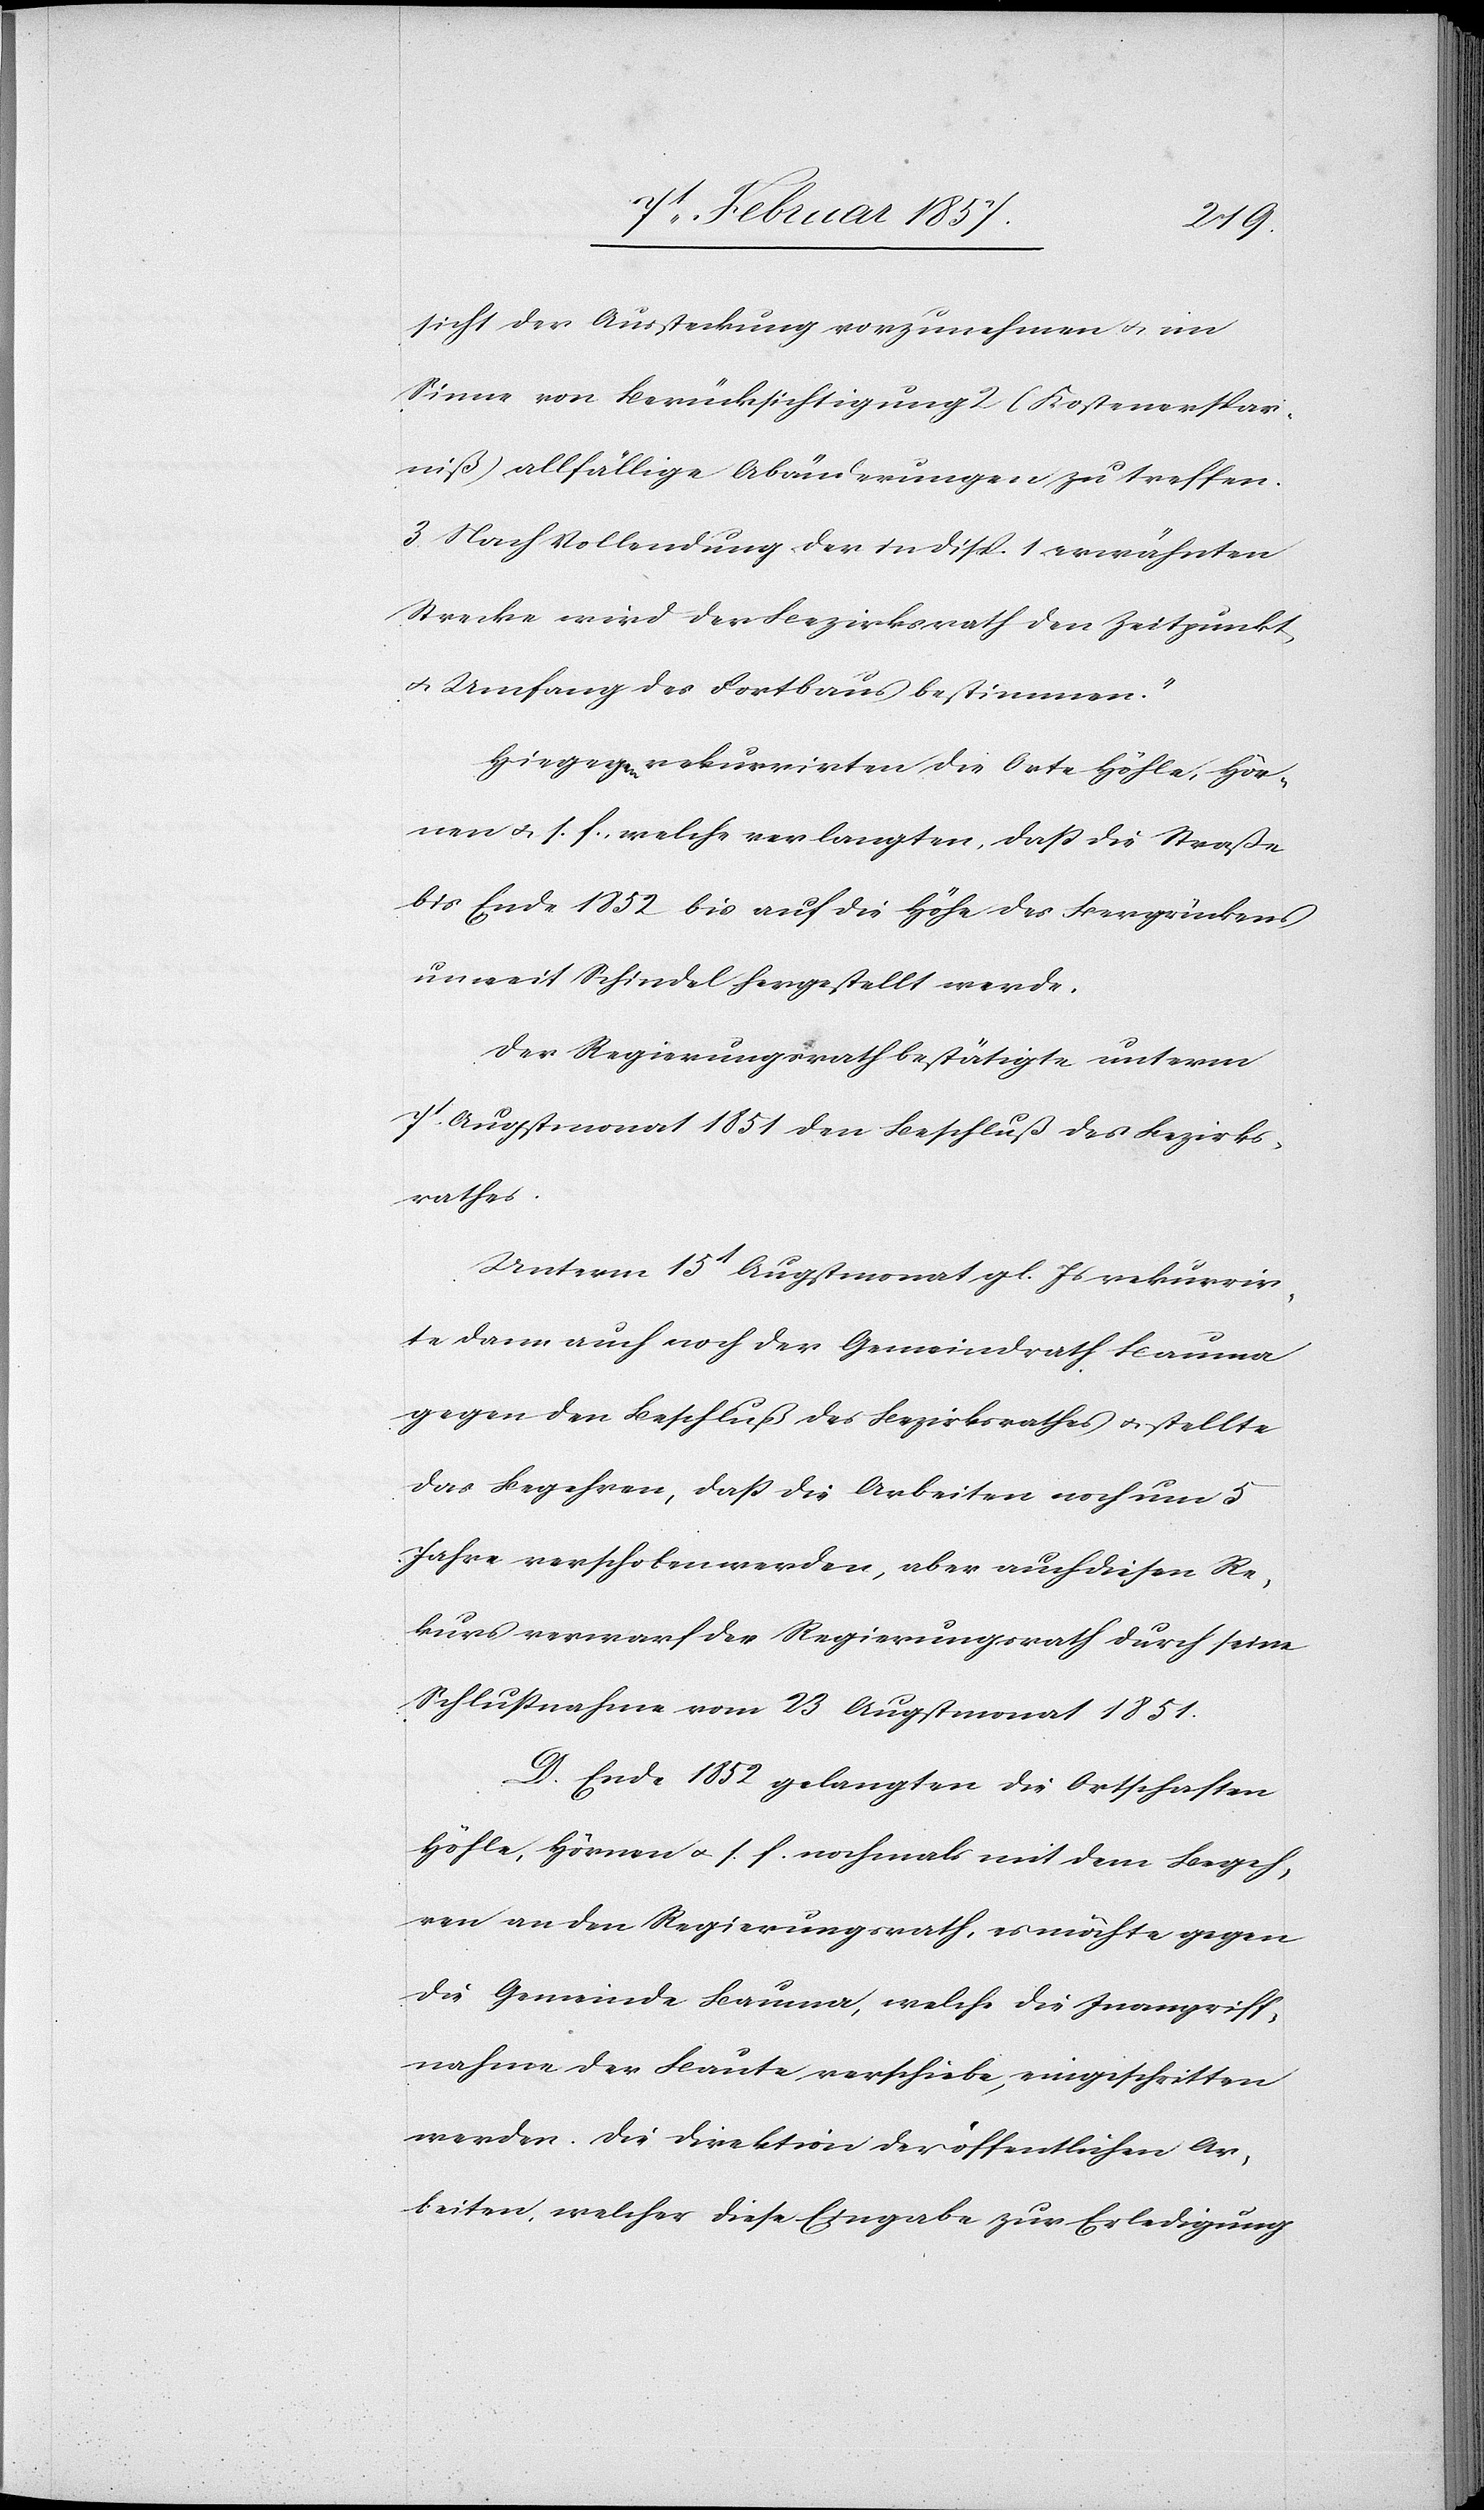
sicht der Aussteckung vorzunehmen u. im
Sinne von Berücksichtigung 2 (Kostenerspar¬
niß) allfällige Abänderungen zu treffen.
3. Nach Vollendung der in Disp. 1 erwähnten
Strecke wird der Bezirksrath den Zeitpunkt
u. Umfang des Fortbaus bestimmen.“
Hiegegen rekurrirten die Orte Höhle, Hör¬
nen u. s. f., welche verlangten, daß die Straße
bis Ende 1852 bis auf die Höhe des Bergrückens
unweit Schindel hergestellt werde.
Der Regierungsrath bestätigte unterm
7t Augstmonat 1851 den Beschluß des Bezirks¬
rathes.
Unterm 15t Augstmonat gl. Js rekurrir¬
te dann auch noch der Gemeindrath Bauma
gegen den Beschluß des Bezirksrathes u. stellte
das Begehren, daß die Arbeiten noch um 5
Jahre verschoben werden, aber auch diesen Re¬
kurs verwarf der Regierungsrath durch seine
Schlußnahme vom 23 Augstmonat 1851.
D. Ende 1852 gelangten die Ortschaften
Höhle, Hörner u. s. f. nochmals mit dem Begeh¬
ren an den Regierungsrath, es möchte gegen
die Gemeinde Bauma, welche die Inangriff¬
nahme der Baute verschiebe, eingeschritten
werden. Die Direktion der öffentlichen Ar¬
beiten, welcher diese Eingabe zur Erledigung